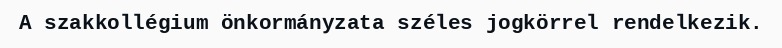
A szakkollégium önkormányzata széles jogkörrel rendelkezik.